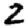
Digit: 2